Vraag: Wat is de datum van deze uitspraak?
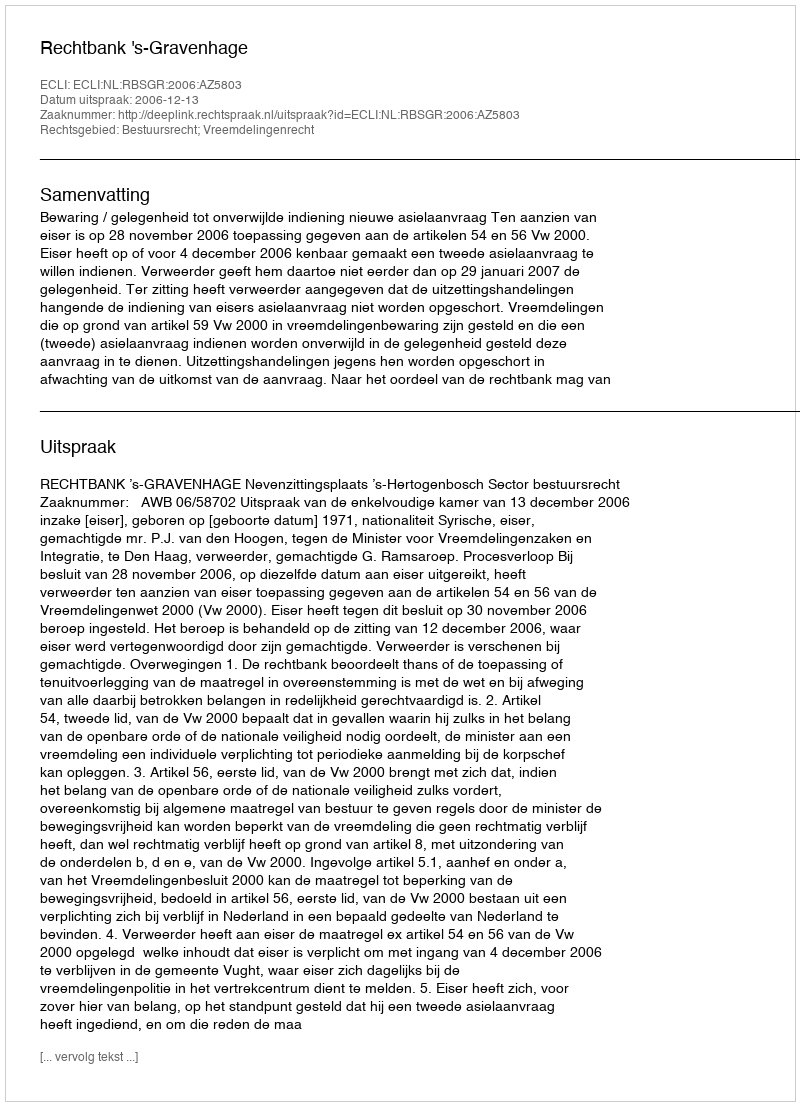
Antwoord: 2006-12-13